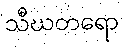
သီဃတရော